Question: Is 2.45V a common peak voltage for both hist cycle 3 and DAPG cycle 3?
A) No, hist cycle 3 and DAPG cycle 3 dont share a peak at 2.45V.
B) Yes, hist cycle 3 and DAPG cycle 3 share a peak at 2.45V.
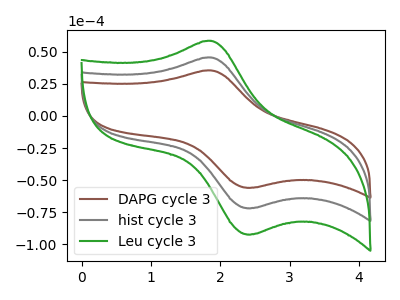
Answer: <think>The brown curve "DAPG cycle 3" has an anodic peak at (1.85V, 35.50uA) and a cathodic peak at (2.45V, -55.95uA). The gray curve "hist cycle 3" has an anodic peak at (1.85V, 45.55uA) and a cathodic peak at (2.45V, -71.85uA). The green curve "Leu cycle 3" has an anodic peak at (1.85V, 91.15uA) and a cathodic peak at (2.45V, -143.70uA).</think>
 <answer>B) Yes, "hist cycle 3" and "DAPG cycle 3" share a peak at 2.45V.</answer>
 <eval>B</eval>